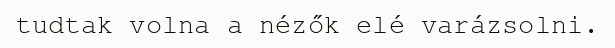
tudtak volna a nézők elé varázsolni.